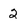
Character: 2